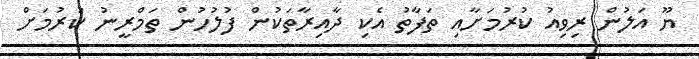
ޔޫ އަލުން ރިވިއު ކުރުމަށާއި ތަފާތު އެކި ދާއިރާތަކުން ފުލުހުން ތަމްރީނު ކުރުމަށް